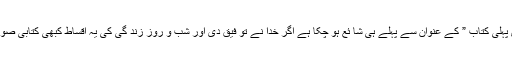
اس کتاب کی تر تیب و تا لیف بارے میرا ایک مضمون ” پاکستانی اقلیتیں ، میری پہلی کتاب ” کے عنوان سے پہلے ہی شا ئع ہو چکا ہے اگر خدا نے تو فیق دی اور شب و روز زند گی کی یہ اقساط کبھی کتابی صورت میں شا ئع ہوئیں تو میری خواہش ہو گی کہ یہ مضمون بھی شامل اشاعت ہو۔